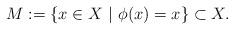
LaTeX: \begin{align*}M:= \{ x \in X \ |\ \phi(x)=x\} \subset X.\end{align*}